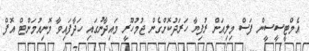
އެމްޓީސީސީން ފަސް މިލިއަން ރުފިޔާ ހަރަދުކޮށްގެން ޖުމުހޫރީ މައިދާނުގައި ހަދާފައިވާ މޮނިއުމަންޓް އޮފް